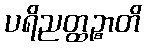
ပရိညတ္ထဉ္စာတိ